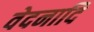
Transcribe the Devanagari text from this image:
वेदनादि